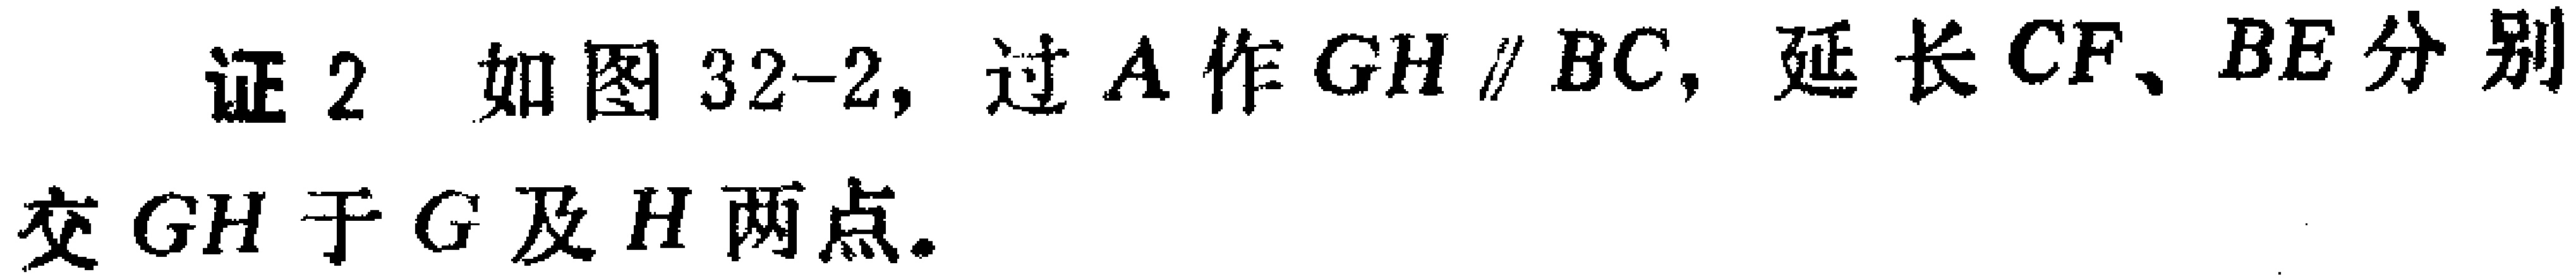
证2 如图32-2, 过\(A\)作\(GH \parallel BC\), 延长\(CF、BE\)分别交\(GH\)于\(G\)及\(H\)两点.